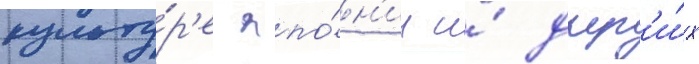
культу́р'е япо́н'ии и́ друг'и́х